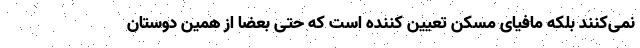
نمی‌کنند بلکه مافیای مسکن تعیین کننده است که حتی بعضا از همین دوستان